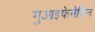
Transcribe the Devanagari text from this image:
गुआइफेनेसिन